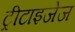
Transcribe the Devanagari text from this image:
ट्रीटाइजेज